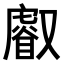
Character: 𠮈